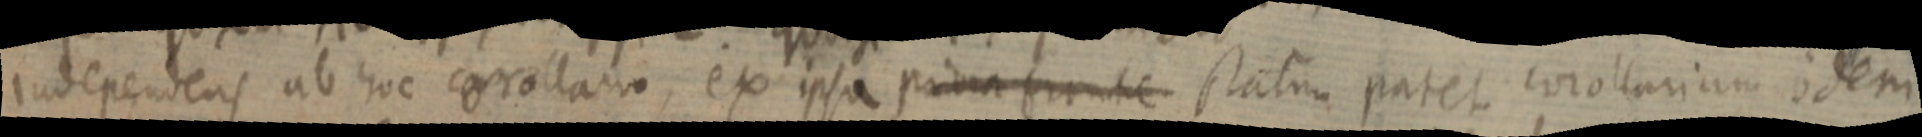
independens ab hoc corollarum, ex ipsa prima fronte statum patet corollarium idem